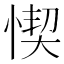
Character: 𢝛